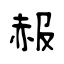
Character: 赧